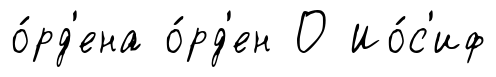
о́рд'ена о́рд'ен О Ио́с'иф